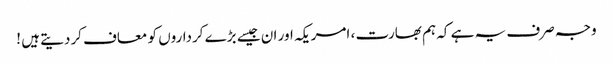
وجہ صرف یہ ہے کہ ہم بھارت ، امریکہ اور ان جیسے بڑے کرداروں کو معاف کردیتے ہیں !